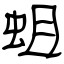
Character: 蛆